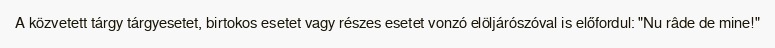
A közvetett tárgy tárgyesetet, birtokos esetet vagy részes esetet vonzó elöljárószóval is előfordul: "Nu râde de mine!"